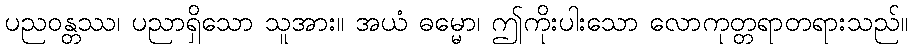
ပညဝန္တဿ၊ ပညာရှိသော သူအား။ အယံ ဓမ္မော၊ ဤကိုးပါးသော လောကုတ္တရာတရားသည်။